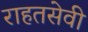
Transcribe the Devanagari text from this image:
राहतसेवी